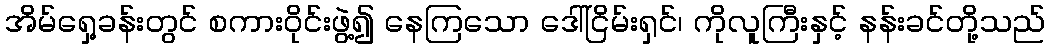
အိမ်ရှေ့ခန်းတွင် စကားဝိုင်းဖွဲ့၍ နေကြသော ဒေါ်ငြိမ်းရှင်၊ ကိုလူကြီးနှင့် နန်းခင်တို့သည်